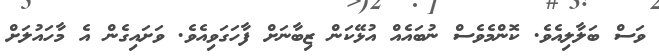
ވަސް ބަލާލިއެވެ. ކޮންމެވެސް ނުބައެއް އުޅޭކަން ޒިބާނަށް ފާހަގަވިއެވެ. ވަށައިގެން އެ މާހައުލަށް